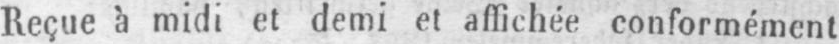
Reçue à midi et demi et affichée conformément